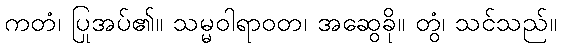
ကတံ၊ ပြုအပ်၏။ သမ္မဝါရာဝတ၊ အဆွေခို။ တွံ၊ သင်သည်။